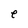
Character: e